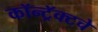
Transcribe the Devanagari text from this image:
कॉन्ट्रॅक्‍टचे